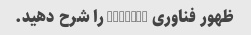
ظهور فناوری Chatbot را شرح دهید.